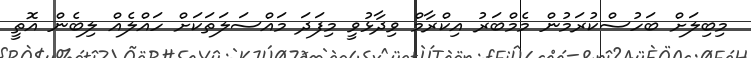
މިބިލަށް ބަހުސްކުރަމުން މެމްބަރު އިކްރާމް ވިދާޅުވީ މިފަދަ މައްސަލަތަކަށް ހައްލެއް ލިބެން އޮތީ